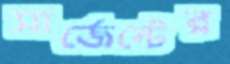
সার্জেন্টের